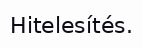
Hitelesítés.